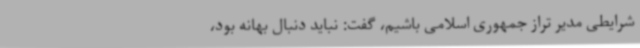
شرایطی مدیر تراز جمهوری اسلامی باشیم، گفت: نباید دنبال بهانه بود،